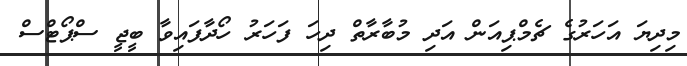
މިދިޔަ އަހަރުގެ ޗެމްޕިއަން އަދި މުބާރާތް ދިހަ ފަހަރު ހޯދާފައިވާ ބީޖީ ސްޕޯޓްސް